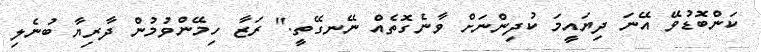
ކަންބޮޑުވޭ އޭނަ ދިޔައީމަ ކުދިންނަށް ވާނެގޮތެއް ނޭނގޭތީ." ރަޒާ ހިމޭންވުމުން ދާރިޔާ ބުނެލި